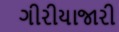
ગીરીયાજારી